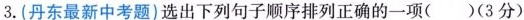
3.(丹东最新中考题)选出下列句子顺序排列正确的一项( )(3分)